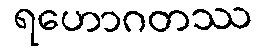
ရဟောဂတဿ